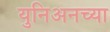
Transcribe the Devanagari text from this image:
युनिअनच्या